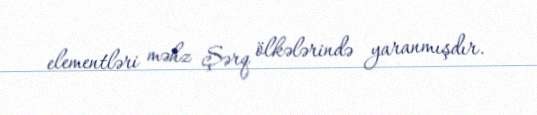
elementləri məhz Şərq ölkələrində yaranmışdır.